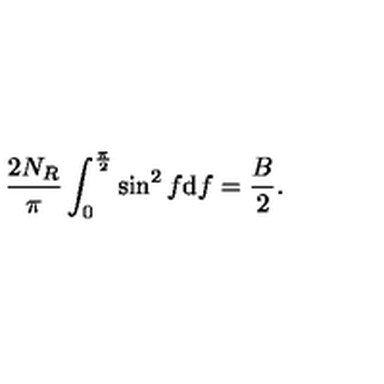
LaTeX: \frac { 2 N _ { R } } { \pi } \int _ { 0 } ^ { \frac { \pi } { 2 } } \sin ^ { 2 } f \mathrm { d } f = \frac { B } { 2 } .